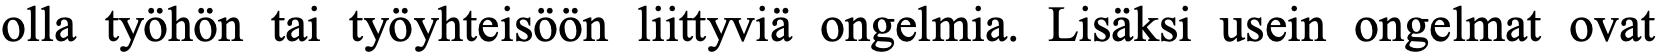
olla työhön tai työyhteisöön liittyviä ongelmia. Lisäksi usein ongelmat ovat